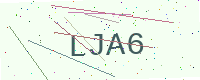
Text: LJA6